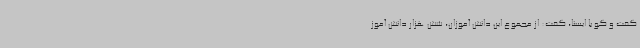
گفت و گو با ایسنا، گفت: از مجموع این دانش آموزان، شش هزار دانش آموز